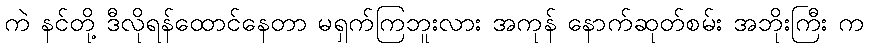
ကဲ နင်တို့ ဒီလိုရန်ထောင်နေတာ မရှက်ကြဘူးလား အကုန် နောက်ဆုတ်စမ်း အဘိုးကြီး က